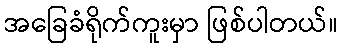
အခြေခံရိုက်ကူးမှာ ဖြစ်ပါတယ်။